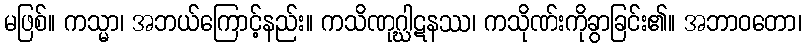
မဖြစ်။ ကသ္မာ၊ အဘယ်ကြောင့်နည်း။ ကသိဏုဂ္ဃါဋနဿ၊ ကသိုဏ်းကိုခွာခြင်း၏။ အဘာဝတော၊